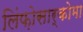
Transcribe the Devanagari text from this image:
लिंफ़ोसार्कोमा